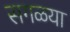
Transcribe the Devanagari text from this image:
सगळया